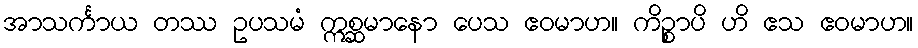
အာသင်္ကာယ တဿ ဥပသမံ ဣစ္ဆမာနော ပေသ ဧဝမာဟ။ ကိဉ္စာပိ ဟိ ဧသ ဧဝမာဟ။